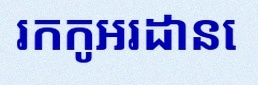
រកកូអរដោនេ